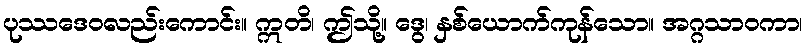
ပုဿဒေဝလည်းကောင်း။ ဣတိ၊ ဤသို့။ ဒွေ၊ နှစ်ယောက်ကုန်သော။ အဂ္ဂသာဝကာ၊